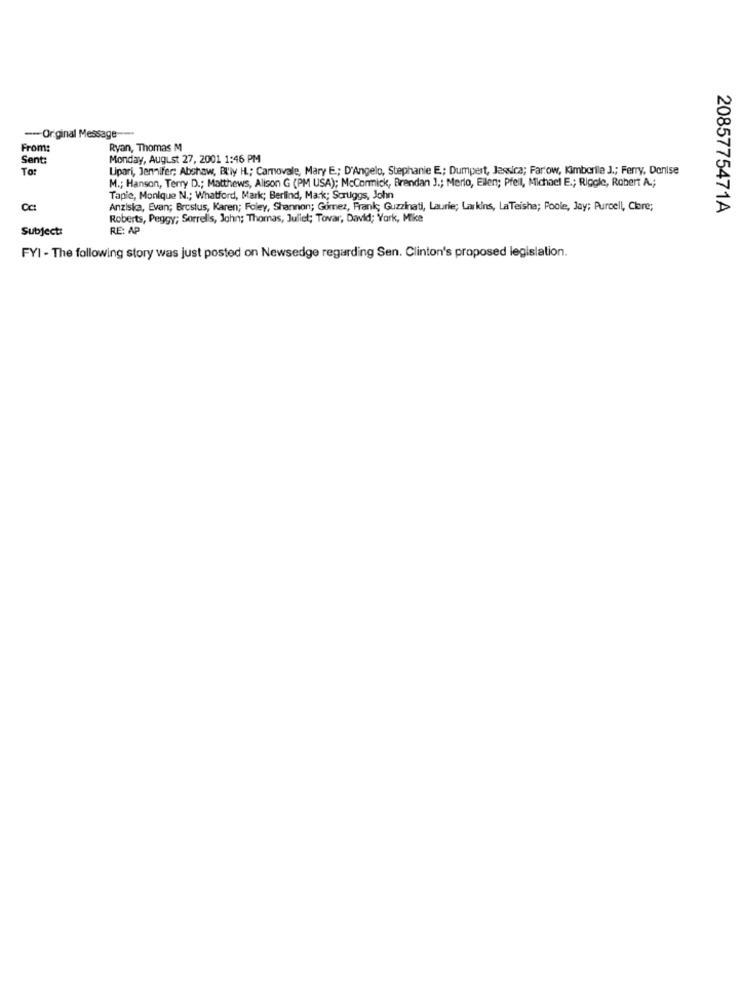
-- Original Message --
From:
Ryan, Thomas M
Sent:
Monday, August 27, 2001 1:46 PM
To:
Lipari, Jennifer; Abshaw, BU'ly H .; Camovale, Mary E .; D'Angelo, Stephanie E; Dumpert, Jessica; Farow, Kimberile J .; Ferry, Denise
M .; Hanson, Terry D .; Matthews, Alison G (PM USA); McCormick, Brendan 3 .; Merlo, Ellen; Pfeil, Michael E .; Riggle, Robert A .;
Tapie, Monique N .; Whatford, Mark; Berlind, Mark; Sortiggs, John
Cc:
Anziska, Evan; Brostus, Karen; Foley, Shannon; Gómez, Frank, Guzzinati, Laurie; Lar kins, LaTeisha; Poole, Jay; Purcell, Clere;
2085775471A
Roberts, Peggy; Sorrells, John; Thomas, Juliet; Tovar, David; York, Mike
Subject:
RE: AP
FYI - The following story was just posted on Newsedge regarding Sen. Clinton's proposed legislation.